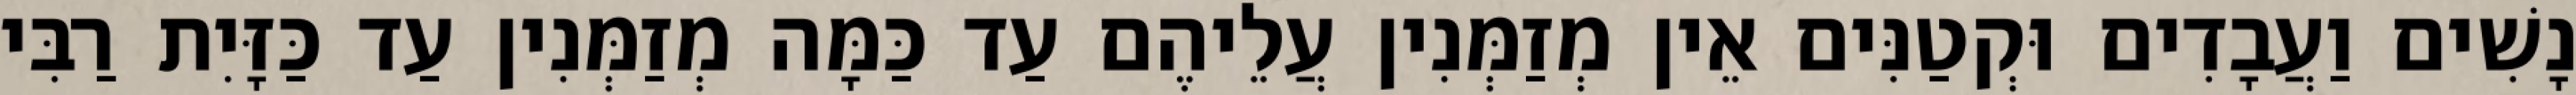
נָשִׁים וַעֲבָדִים וּקְטַנִּים אֵין מְזַמְּנִין עֲלֵיהֶם עַד כַּמָּה מְזַמְּנִין עַד כַּזָּיִת רַבִּי